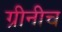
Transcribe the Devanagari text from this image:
ग्रीनीच